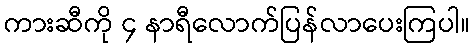
ကားဆီကို ၄ နာရီလောက်ပြန်လာပေးကြပါ။